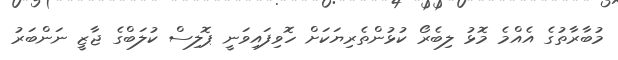
މުބާރާތުގެ އެެއްމެ މޮޅު ލިބެރޯ ކުޅުންތެރިޔަކަށް ހޮވިފައިވަނީ ޕޮލިސް ކުލަބްގެ ޖާޒީ ނަންބަރު